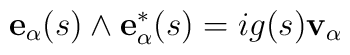
{\bf e}_\alpha(s)\wedge{\bf e}^*_\alpha(s) =i g(s) {\bf v}_\alpha